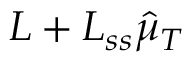
L + L _ { s s } \hat { \mu } _ { T }